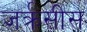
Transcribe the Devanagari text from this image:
जर्क्रसीस